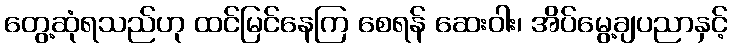
တွေ့ဆုံရသည်ဟု ထင်မြင်နေကြ စေရန် ဆေးဝါး၊ အိပ်မွေ့ချပညာနှင့်